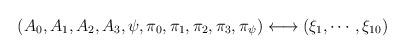
LaTeX: \begin{align*}\left( A_{0},A_{1},A_{2},A_{3},\psi ,\pi _{0},\pi _{1},\pi _{2},\pi _{3},\pi_{\psi }\right) \longleftrightarrow \left( \xi _{1},\cdots,\xi _{10}\right)\end{align*}